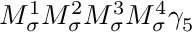
M _ { \sigma } ^ { 1 } M _ { \sigma } ^ { 2 } M _ { \sigma } ^ { 3 } M _ { \sigma } ^ { 4 } \gamma _ { 5 }